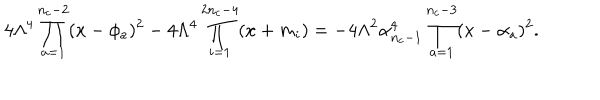
4 \Lambda ^ { 4 } \prod _ { a = 1 } ^ { n _ { c } - 2 } ( x - \phi _ { a } ) ^ { 2 } - 4 \Lambda ^ { 4 } \prod _ { i = 1 } ^ { 2 n _ { c } - 4 } ( x + m _ { i } ) = - 4 \Lambda ^ { 2 } \alpha _ { n _ { c } - 1 } ^ { 4 } \prod _ { a = 1 } ^ { n _ { c } - 3 } ( x - \alpha _ { a } ) ^ { 2 } .